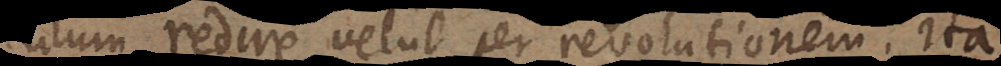
rculum redire velut per revolutionem. Ita